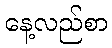
နေ့လည်စာ